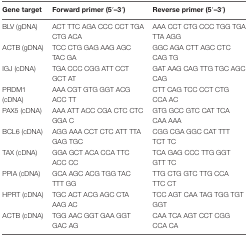
| Gene target | Forward primer (5′–3′) | Reverse primer (5′–3′) |
 | --- | --- | --- |
 | BLV (gDNA) | ACT TTC AGA CCC CCT TGA CTG ACA | AAA CCT CTG CCC TGG TGA TTA AGG |
 | ACTB (gDNA) | TCC CTG GAG AAG AGC TAC GA | GGC AGA CTT AGC CTC CAG TG |
 | IGJ (cDNA) | TGA CCC CGG ATT CCT GCT AT | GAT AAG CAG TTG TGC AGC CAG |
 | PRDM1 (cDNA) | AAA CGT GTG GGT ACG ACC TT | CTT CAG TCC CCT CTG CCA AC |
 | PAX5 (cDNA) | AAA ATT ACC CGA CTC CTC GGA C | GTG GCC GTC CAT TCA CAA AAA |
 | BCL6 (cDNA) | AGG AAA CCT CTC ATT TTA GAG TGC | CGG CGA GGC CAT TTT TCT TC |
 | TAX (cDNA) | GGA GCT ACA CCA TTC ACC CC | TCA GAG CCC TTG GGT GTT TC |
 | PPIA (cDNA) | GCA AGC ACG TGG TAC TTT GG | TTG CTG GTC TTG CCA TTC CT |
 | HPRT (cDNA) | TGC ACT ACG AGC CTA AAG AC | TCC AGT CAA TAG TGG TGT GGT |
 | ACTB (cDNA) | TGG AAC GGT GAA GGT GAC AG | CAA TCA AGT CCT CGG CCA CA |